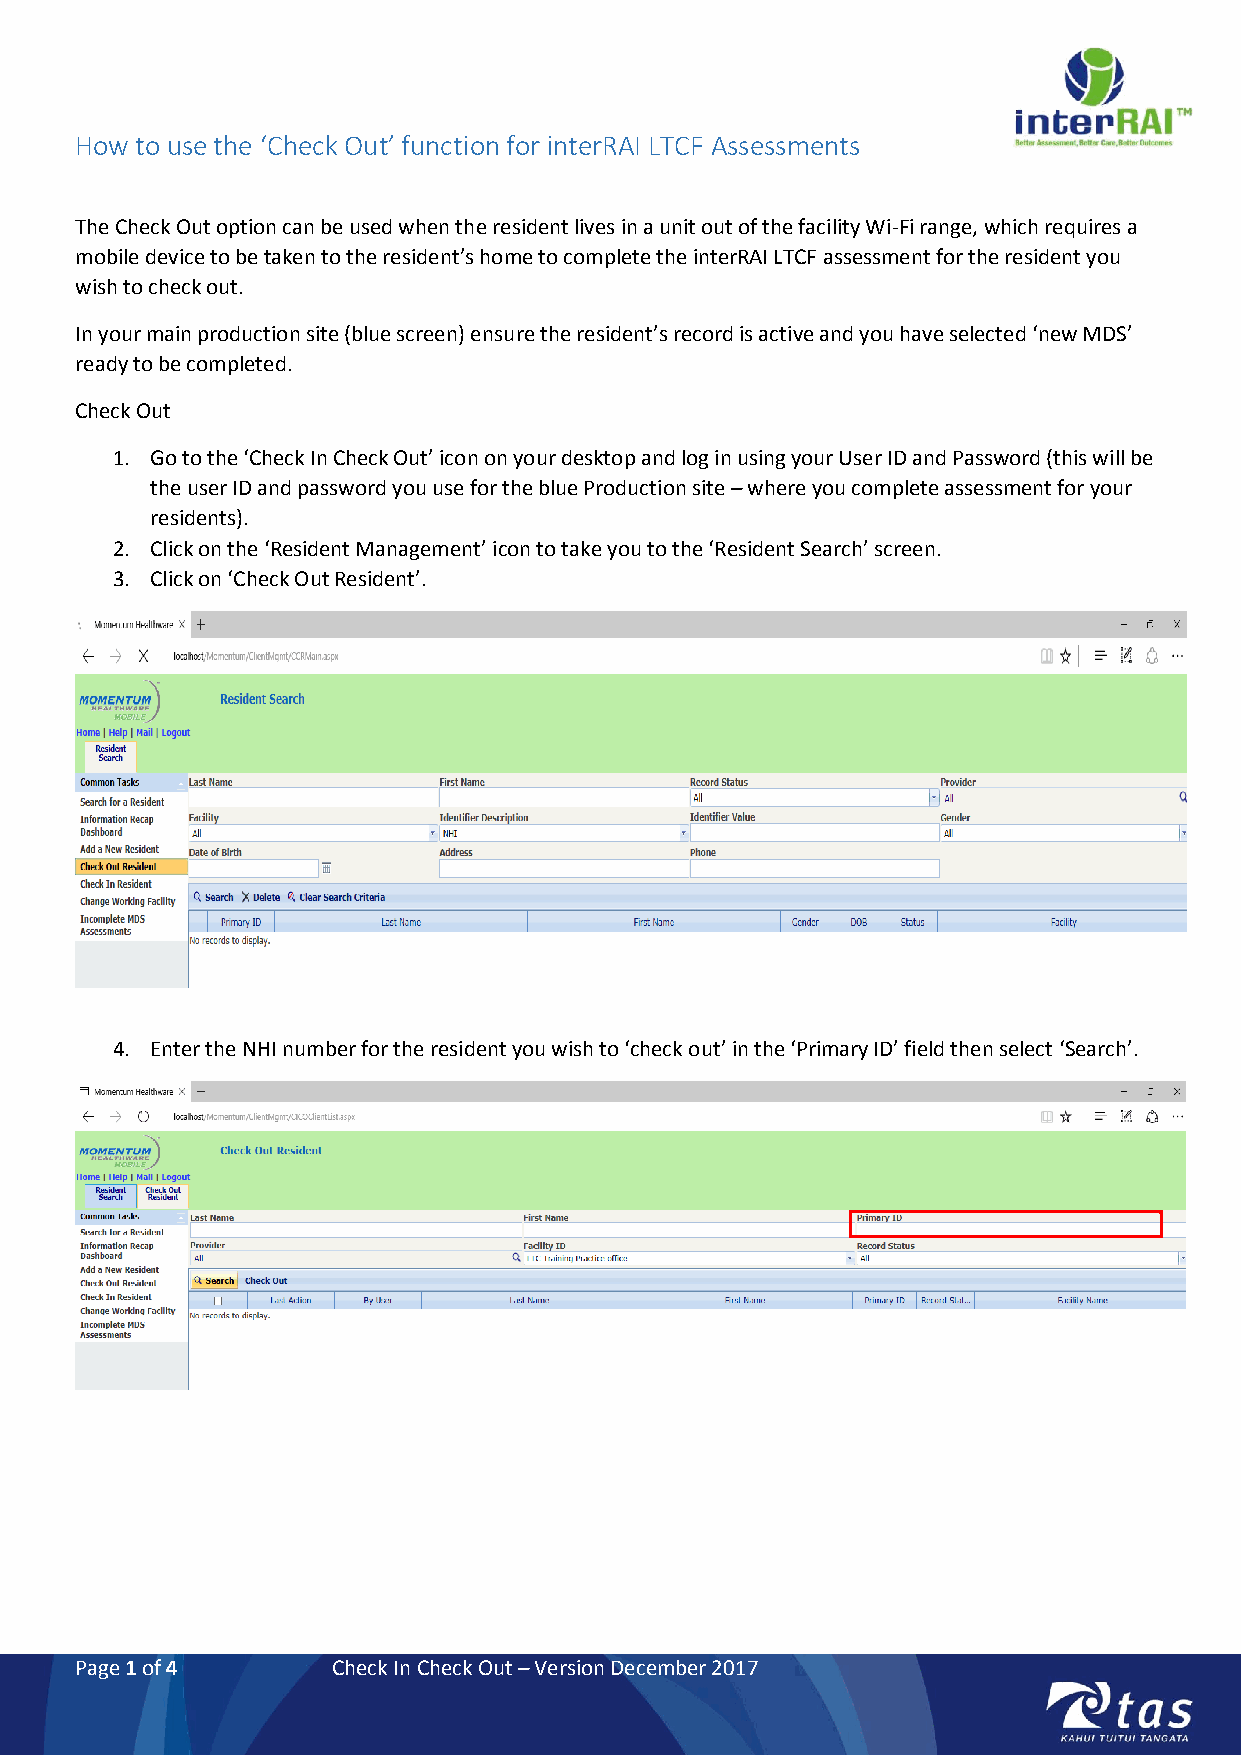
How to use the ‘Check Out’ function for interRAI LTCF Assessments
 The Check Out option can be used when the resident lives in a unit out of the facility Wi-Fi range, which requires a
 mobile device to be taken to the resident’s home to complete the interRAI LTCF assessment for the resident you
 wish to check out.
 In your main production site (blue screen) ensure the resident’s record is active and you have selected ‘new MDS’
 ready to be completed.
 Check Out
 1. Go to the ‘Check In Check Out’ icon on your desktop and log in using your User ID and Password (this will be
 the user ID and password you use for the blue Production site – where you complete assessment for your
 residents).
 2. Click on the ‘Resident Management’ icon to take you to the ‘Resident Search’ screen.
 3. Click on ‘Check Out Resident’.
 4. Enter the NHI number for the resident you wish to ‘check out’ in the ‘Primary ID’ field then select ‘Search’.
 Page 1 of 4      Check In Check Out – Version December 2017